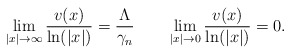
\begin{align*}\lim_{|x|\rightarrow \infty}\frac{v(x)}{\ln(|x|)}=\frac{\Lambda}{\gamma_n}\quad\quad\lim_{|x|\rightarrow 0}\frac{v(x)}{\ln(|x|)}=0.\end{align*}